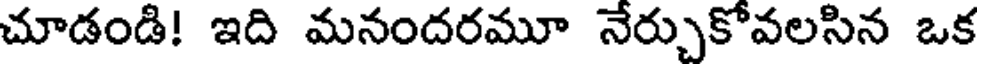
చూడండి! ఇది మనందరమూ నేర్చుకోవలసిన ఒక